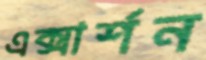
এক্সার্শন